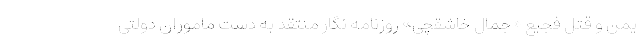
یمن و قتل فجیع «جمال خاشقچی» روزنامه نگار منتقد به دست ماموران دولتی